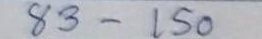
83 - 150